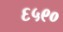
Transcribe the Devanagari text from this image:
६५९०